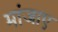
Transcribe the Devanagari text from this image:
मांजाए